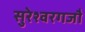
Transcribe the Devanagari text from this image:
सुरेश्वरगजौ